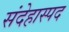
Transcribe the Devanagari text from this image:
संदेहास्‍पद